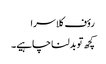
رؤف کلاسرا
کچھ تو بدلنا چاہیے۔